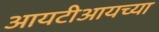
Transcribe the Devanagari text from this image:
आयटीआयच्या